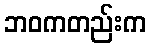
ဘဝကတည်းက